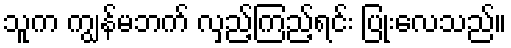
သူက ကျွန်မဘက် လှည့်ကြည့်ရင်း ပြုံးလေသည်။